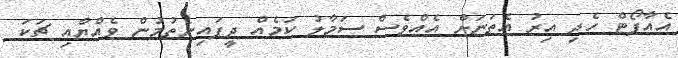
އެއާޕޯޓް ހެދި އިރު އެތަނަށް އެއްވެސް ސަމާލު ކަމެއް ދީފައިނެތުމުން ވެއްޔާއި ޗަކަ